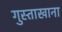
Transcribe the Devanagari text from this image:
गुस्ताखाना